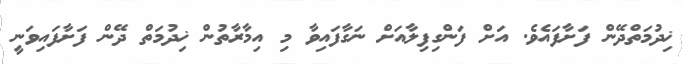
ޚިދުމަތްދޭން ފަށާފައެވެ. އަށް ފަންގިފިލާއަށް ނަގާފައިވާ މި އިމާރާތުން ޚިދުމަތް ދޭން ފަށާފައިވަނީ